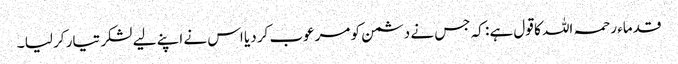
قدماء رحمہ اللہ کا قول ہے : کہ جس نے دشمن کو مرعوب کر دیا اس نے اپنے لیے لشکر تیار کر لیا ۔